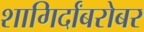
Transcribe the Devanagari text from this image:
शागिर्दांबरोबर